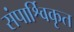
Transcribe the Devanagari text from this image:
संपार्श्विकृत